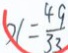
x = \frac { 4 9 } { 3 3 }